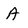
Character: A